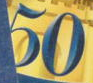
50